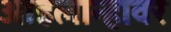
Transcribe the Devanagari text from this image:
आइलान्हावर